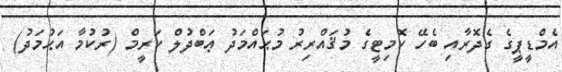
އެމްޑީޕީގެ ގެދޮރާއި ބެހޭ ކޮމިޓީގެ މުޤައްރިރު މުޙައްމަދު ޢަބްދުލް ކަރީމް (ރުކުމާ އަޙުމަދު)